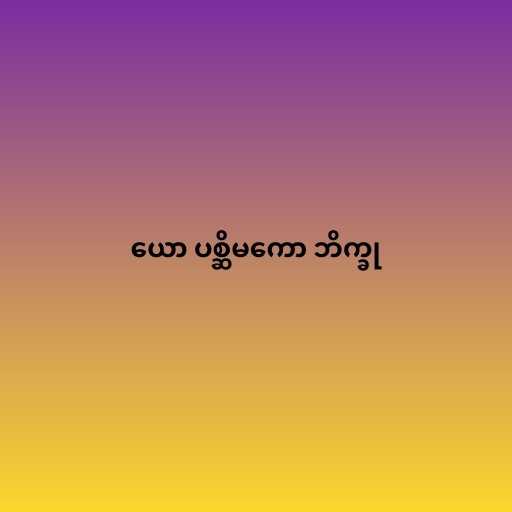
ယော ပစ္ဆိမကော ဘိက္ခု